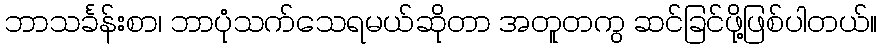
ဘာသင်္ခန်းစာ၊ ဘာပုံသက်သေရမယ်ဆိုတာ အတူတကွ ဆင်ခြင်ဖို့ဖြစ်ပါတယ်။